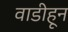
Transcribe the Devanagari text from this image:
वाडीहून